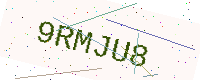
Text: 9RMJU8